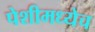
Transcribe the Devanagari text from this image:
पेशीमध्येच